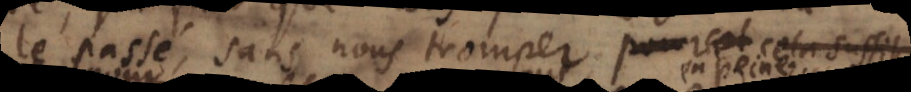
le passé sans nous tromper; cela suffit